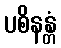
ပစိနန္တံ